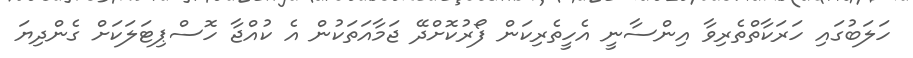
ހަލަބުގައި ހަރަކާތްތެރިވާ އިންސާނީ އެހީތެރިކަން ފޯރުކޮށްދޭ ޖަމާއަތަކުން އެ ކުއްޖާ ހޮސްޕިޓަލަކަށް ގެންދިޔަ